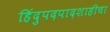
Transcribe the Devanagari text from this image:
हिंदुपदपादशाहीचा